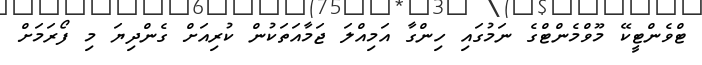
ޓްވެންޓީކޭ މޫވްމެންޓްގެ ނަމުގައި ހިންގާ އަމިއްލަ ޖަމާއަތަކުން ކުރިއަށް ގެންދިޔަ މި ފޯރަމަށް